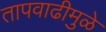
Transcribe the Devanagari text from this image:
तापवाढीमुळे